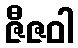
ဇီဇဝါ